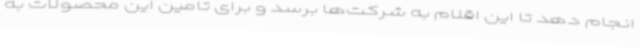
انجام دهد تا این اقلام به شرکت‌ها برسد و برای تامین این محصولات به